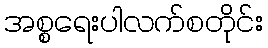
အစ္စရေးပါလက်စတိုင်း